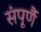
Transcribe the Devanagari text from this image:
संपूर्णै